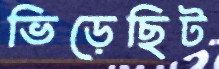
ভিড়েছিট